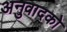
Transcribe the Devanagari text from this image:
अनुवादको